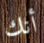
أنك